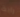
راية